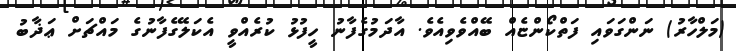
(މަލްހާރު) ނަންގަވައި ފަތްކޯންޏެއް ބޭއްވެވިއެވެ. އާދަމުގެފާނު ހީފުޅު ކުރެއްވީ އެކަލޭގެފާނުގެ މައްޗަށް ޢަޛާބު